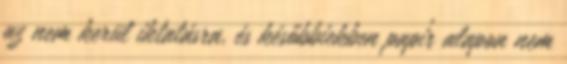
az nem kerül iktatásra, és későbbiekben papír alapon nem